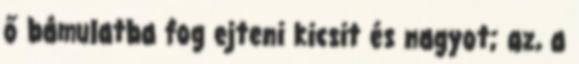
ő bámulatba fog ejteni kicsit és nagyot; az, a